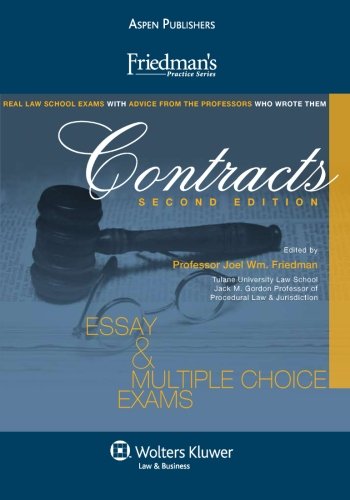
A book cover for Friedman's Contracts: Essay & Multiple Choice Exams, Second Edition (Friedman's Practice); Joel Wm. Friedman; Law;